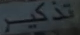
تذکر